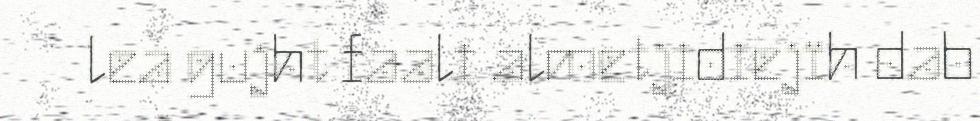
lea gujht faali almetjidiejïh dab